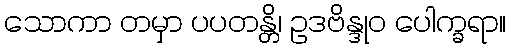
သောကာ တမှာ ပပတန္တိ၊ ဥဒဗိန္ဒုဝ ပေါက္ခရာ။